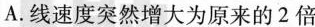
A.线速度突然增大为原来的2倍